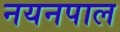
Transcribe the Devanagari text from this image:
नयनपाल